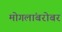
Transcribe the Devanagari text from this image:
मोगलांबरोबर